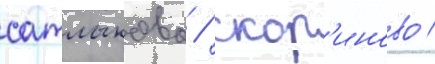
сатлыково / скор'иново /